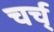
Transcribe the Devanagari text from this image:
चर्च्